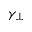
\gamma _ { \perp }